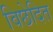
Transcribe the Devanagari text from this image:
विछेदित